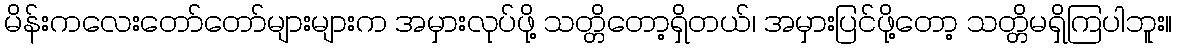
မိန်းကလေးတော်တော်များများက အမှားလုပ်ဖို့ သတ္တိတော့ရှိတယ်၊ အမှားပြင်ဖို့တော့ သတ္တိမရှိကြပါဘူး။